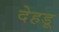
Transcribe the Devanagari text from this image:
देहड़ू